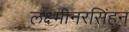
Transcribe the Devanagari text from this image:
लक्ष्मीनरसिंहन